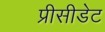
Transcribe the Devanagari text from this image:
प्रीसीडेट